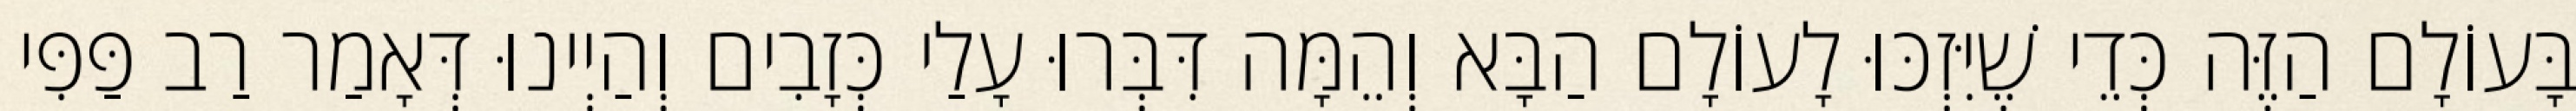
בָּעוֹלָם הַזֶּה כְּדֵי שֶׁיִּזְכּוּ לָעוֹלָם הַבָּא וְהֵמָּה דִּבְּרוּ עָלַי כְּזָבִים וְהַיְינוּ דְּאָמַר רַב פַּפִּי